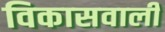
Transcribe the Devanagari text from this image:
विकासवाली